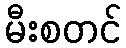
မီးစတင်